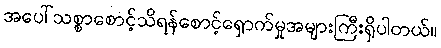
အပေါ်သစ္စာစောင့်သိရန်စောင့်ရှောက်မှုအများကြီးရှိပါတယ်။